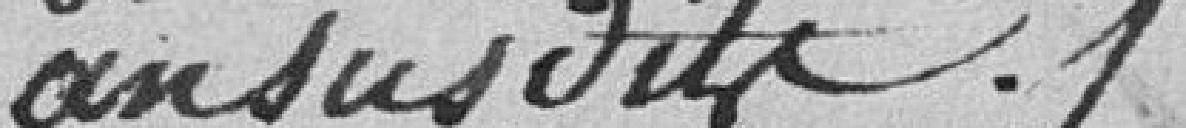
an susdite %